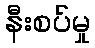
နီးစပ်မှု